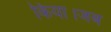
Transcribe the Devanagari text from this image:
किया।जब